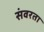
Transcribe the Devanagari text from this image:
संवरता